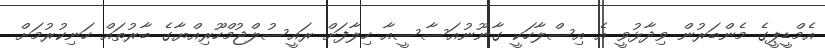
އެމްޑީޕީގެ މެންބަރުން ވިދާޅުވީ އެ އިސްލާހަކީ ގާނޫނުއަސާސީއާ ހިލާފަށް ރައީސުލްޖުމްހޫރިއްޔާގެ ބާރުތައް ހަނިކުރުމަށް